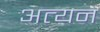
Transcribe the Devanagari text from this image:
अत्यन